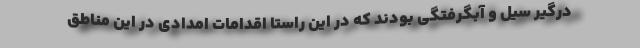
درگیر سیل و آبگرفتگی بودند که در این راستا اقدامات امدادی در این مناطق